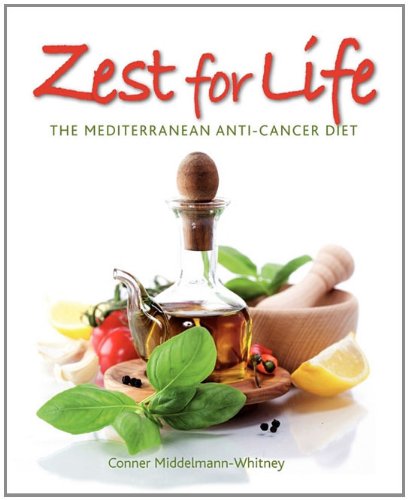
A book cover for Zest for Life: The Mediterranean Anti-Cancer Diet; Conner Middelmann-Whitney; Cookbooks, Food & Wine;